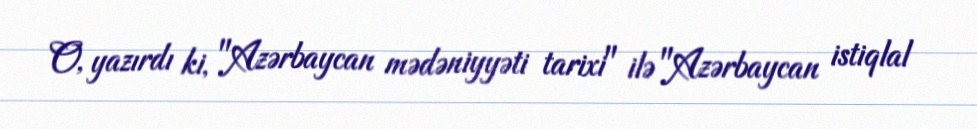
O, yazırdı ki, "Azərbaycan mədəniyyəti tarixi" ilə "Azərbaycan istiqlal